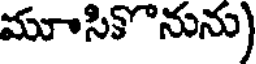
మూసికొనును)